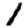
Digit: 1